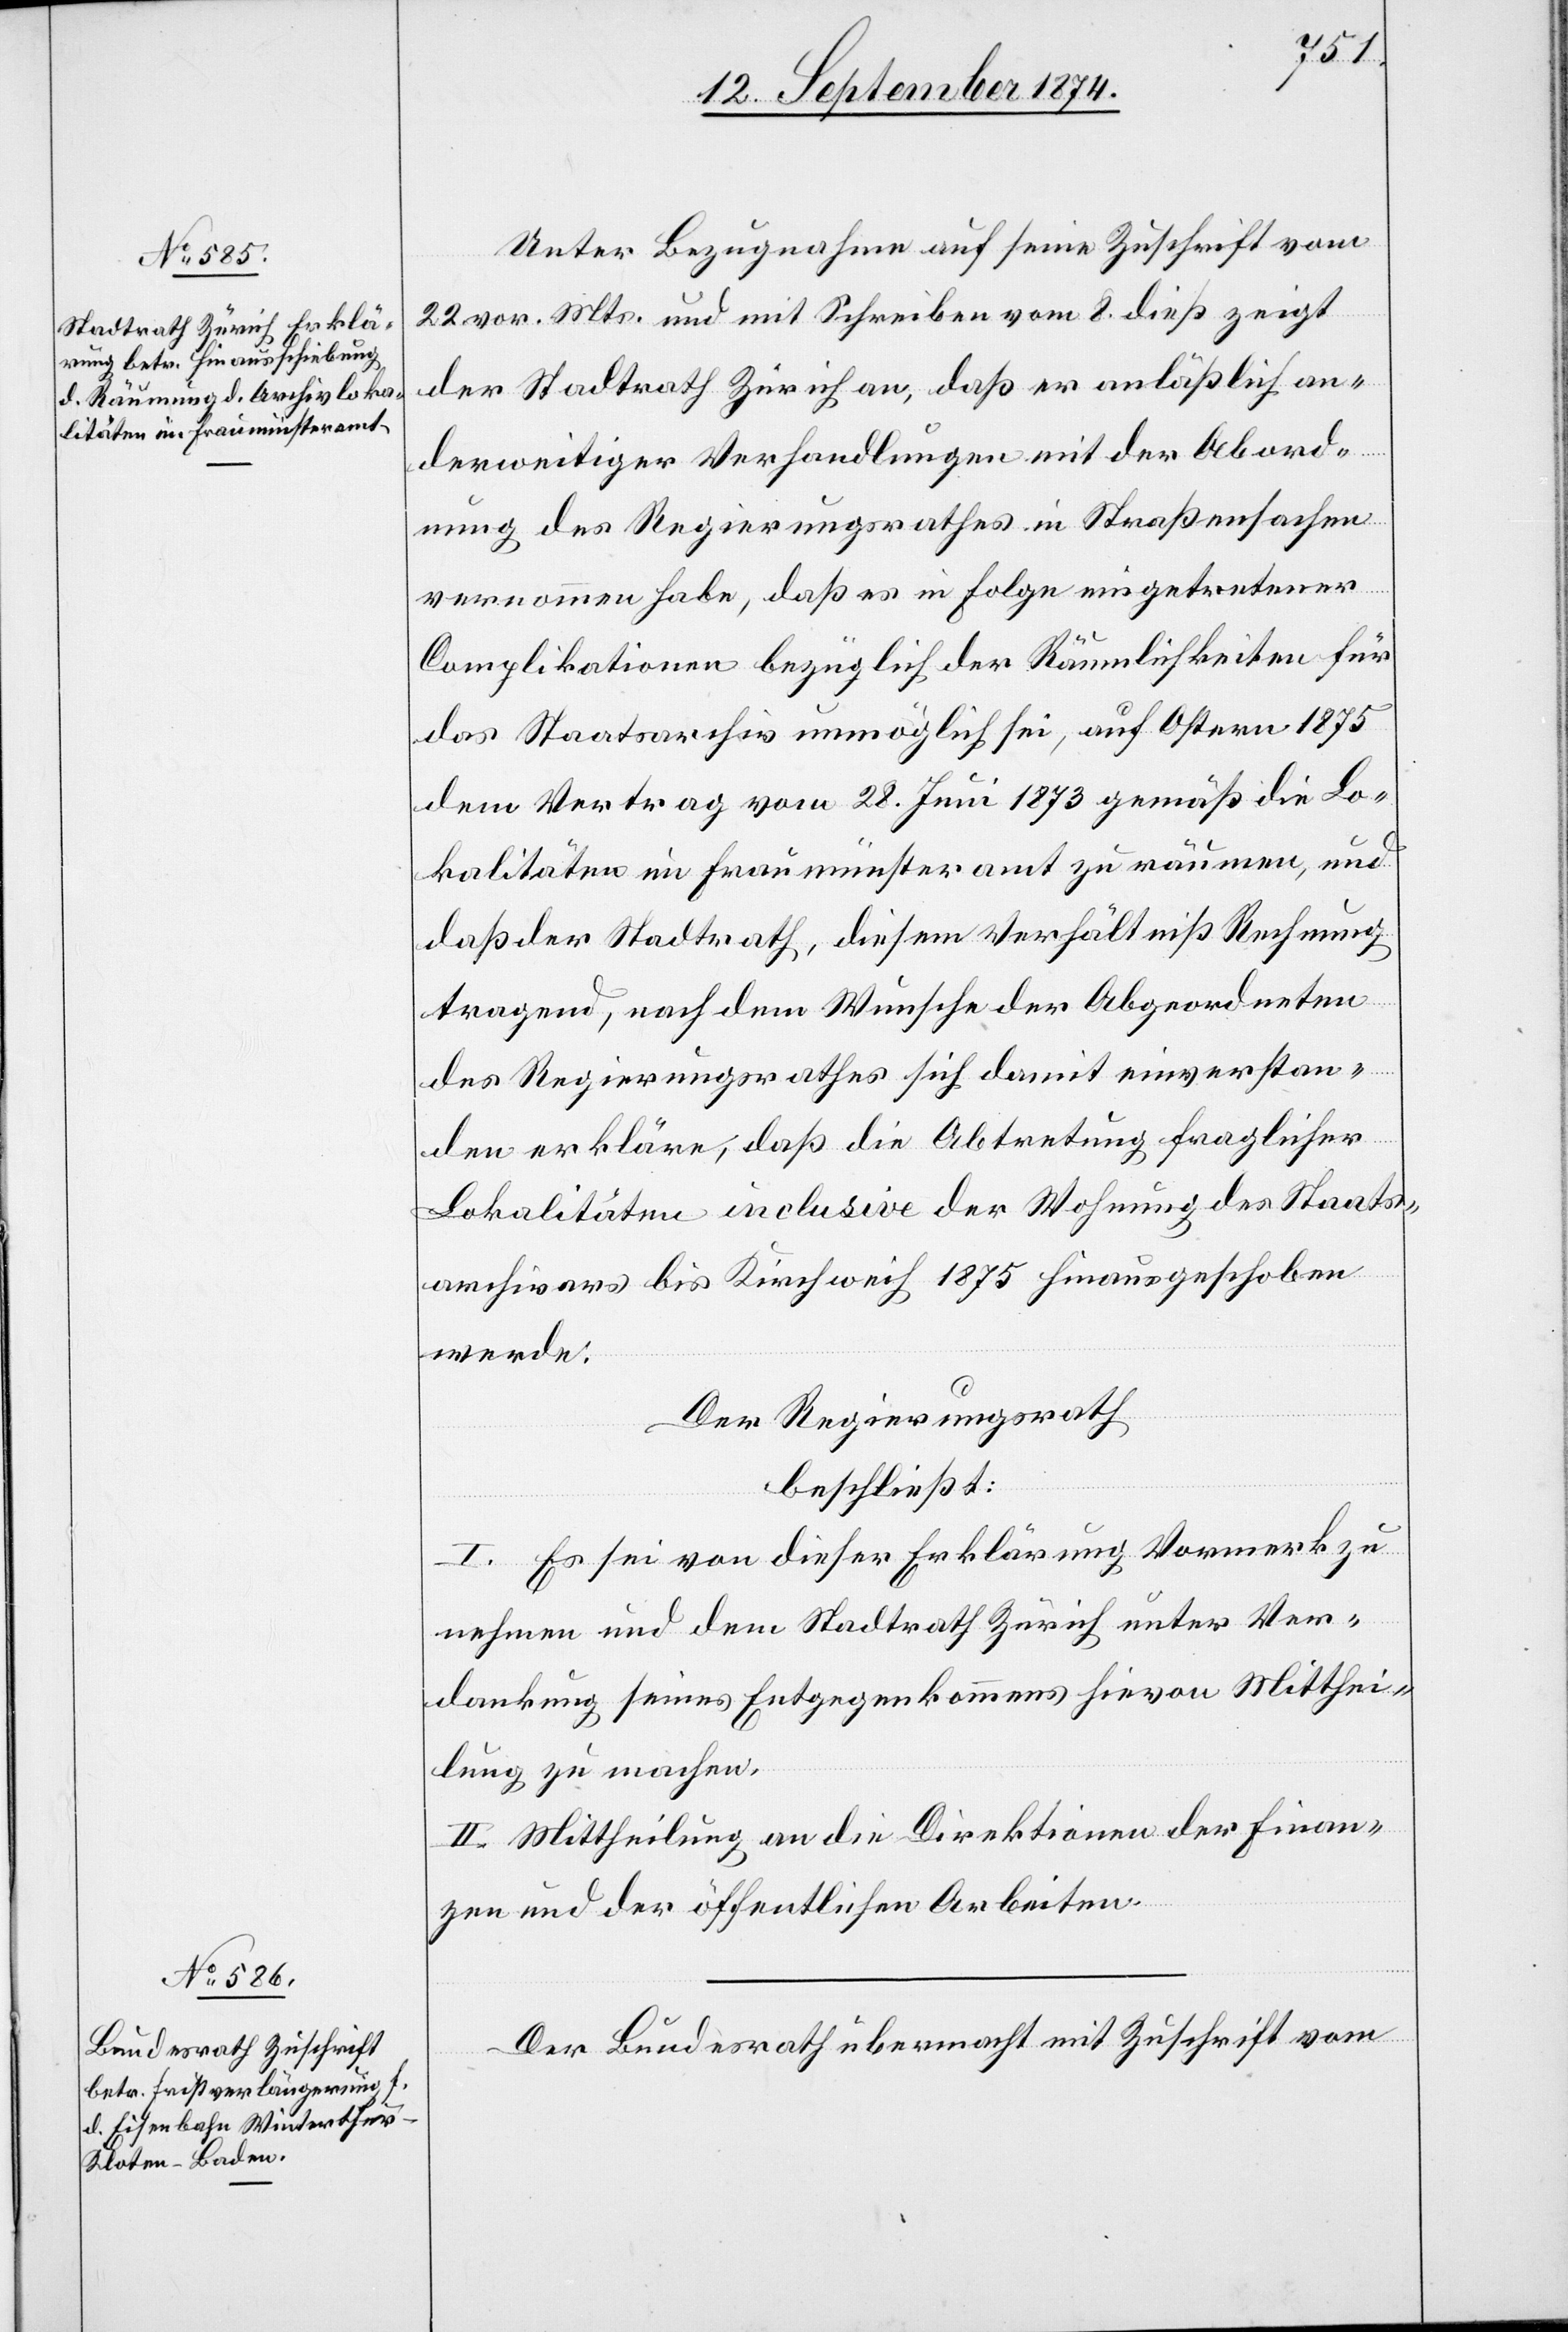
Unter Bezugnahme auf seine Zuschrift vom
22. vor. Mts. und mit Schreiben vom 8. dieß zeigt
der Stadtrath Zürich an, daß er anläßlich an¬
derweitiger Verhandlungen mit der Abord¬
nung des Regierungsrathes in Straßensachen
vernommen habe, daß er in Folge eingetretener
Complicationen bezüglich der Räumlichkeiten für
das Staatsarchiv unmöglich sei, auf Ostern 1875
dem Vertrag vom 28. Juni 1873 gemäß die Lo¬
kalitäten im Fraumünsteramt zu räumen, und
daß der Stadtrath, diesem Verhältniß Rechnung
tragend, nach dem Wunsche der Abgeordneten
des Regierungsrathes sich damit einverstan¬
den erkläre, daß die Abtretung fraglicher
Lokalitäten inclusive der Wohnung des Staats¬
archivars bis Kirchweih 1875 hinausgeschoben
werde.
Der Regierungsrath
beschließt:
I. Es sei von dieser Erklärung Vormerk am
nehmen und dem Stadtrath Zürich unter Ver¬
dankung seines Entgegenkommens hievon Mitthei¬
lung zu machen.
II. Mittheilung an die Direktionen der Finan¬
zen und der öffentlichen Arbeiten.
Der Bundesrath übermacht mit Zuschrift vom